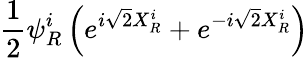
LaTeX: \frac{1}{2}\psi_{R}^{i}\left(e^{i\sqrt{2}X_{R}^{i}}+e^{-i\sqrt{2}X_{R}^{i}}\right)